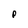
Character: P